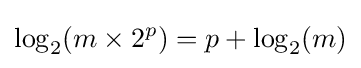
\log _{2}(m\times 2^{p})=p+\log _{2}(m)